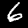
Digit: 6